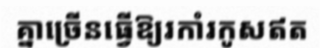
គ្នាច្រើនធ្វើឱ្យរកាំរកូសឥត